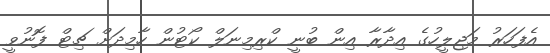
އެފަހަރު މަޖިލީހުގެ އިދާރާ އިން ބުނީ ކްރިމިނަލް ކޯޓުން ހާމިދަށް ޗިޓް ފޮނުވީ